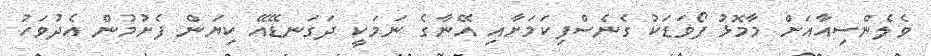
ވެލެންސިއާއަށް މާމޮޅު ފޯވަޑަކު ގެނެސްފިކަމަށާއި އޭނާގެ ނަމަކީ ދަގަނޑޭއޭ ކިޔަން ފެށުމުން އެދުވަހު